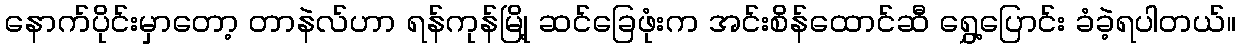
နောက်ပိုင်းမှာတော့ တာနဲလ်ဟာ ရန်ကုန်မြို့ ဆင်ခြေဖုံးက အင်းစိန်ထောင်ဆီ ရွှေ့ပြောင်း ခံခဲ့ရပါတယ်။